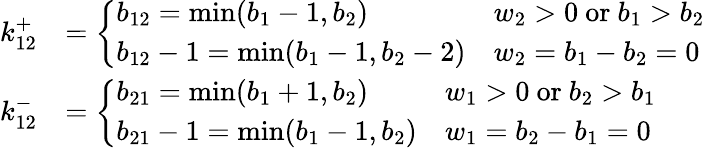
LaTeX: \begin{array}{rl}{k_{12}^{+}}&{=\left\{ \begin{array}{ll}{b_{12}=\operatorname*{min}(b_{1}-1,b_{2})}&{w_{2}>0\mathrm{~or~}b_{1}>b_{2}}\\ {b_{12}-1=\operatorname*{min}(b_{1}-1,b_{2}-2)}&{w_{2}=b_{1}-b_{2}=0}\end{array}\right.}\\ {k_{12}^{-}}&{=\left\{ \begin{array}{ll}{b_{21}=\operatorname*{min}(b_{1}+1,b_{2})}&{w_{1}>0\mathrm{~or~}b_{2}>b_{1}}\\ {b_{21}-1=\operatorname*{min}(b_{1}-1,b_{2})}&{w_{1}=b_{2}-b_{1}=0}\end{array}\right.}\end{array}